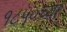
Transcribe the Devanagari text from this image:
१८५०च्या